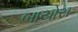
બાયોસ